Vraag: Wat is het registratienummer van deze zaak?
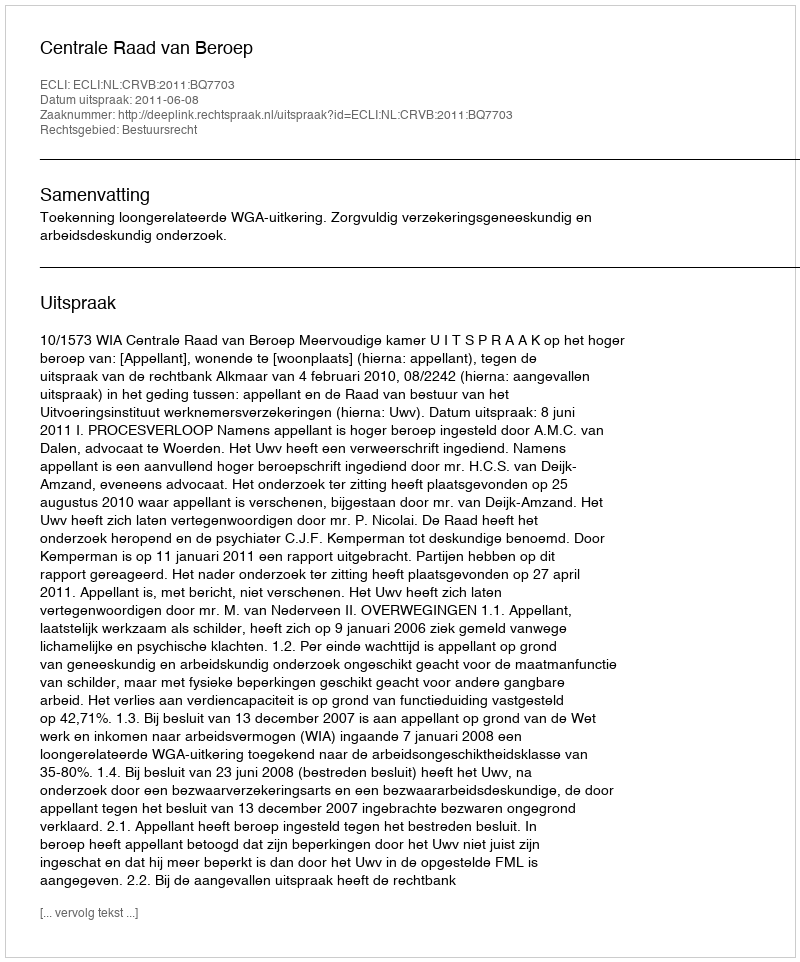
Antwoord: http://deeplink.rechtspraak.nl/uitspraak?id=ECLI:NL:CRVB:2011:BQ7703